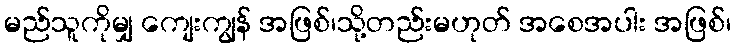
မည်သူကိုမျှ ကျေးကျွန် အဖြစ်၊သို့တည်းမဟုတ် အစေအပါး အဖြစ်၊